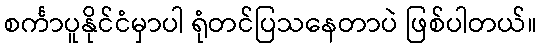
စင်္ကာပူနိုင်ငံမှာပါ ရုံတင်ပြသနေတာပဲ ဖြစ်ပါတယ်။